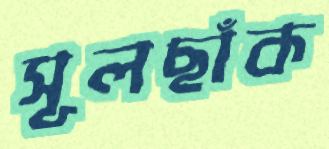
সূলছাঁক